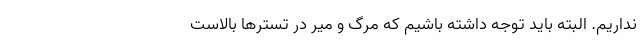
نداریم. البته باید توجه داشته باشیم که مرگ و میر در تسترها بالاست